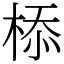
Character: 㮇